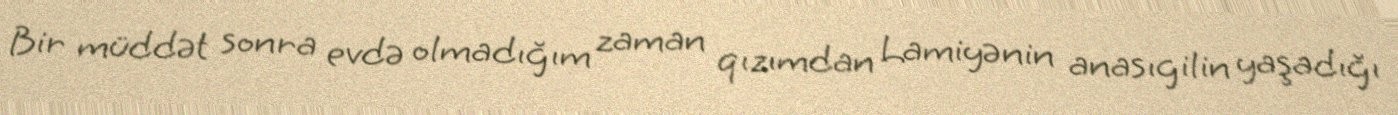
Bir müddət sonra evdə olmadığım zaman qızımdan Lamiyənin anasıgilin yaşadığı